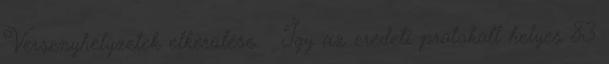
Versenyhelyzetek elkerülése ● Így az eredeti protokoll helyes 83